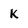
Character: k